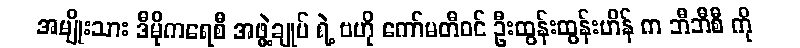
အမျိုးသား ဒီမိုကရေစီ အဖွဲ့ချုပ် ရဲ့ ဗဟို ကော်မတီဝင် ဦးထွန်းထွန်းဟိန် က ဘီဘီစီ ကို